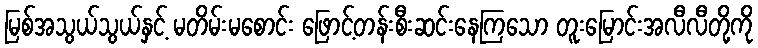
မြစ်အသွယ်သွယ်နှင့် မတိမ်းမစောင်း ဖြောင့်တန်းစီးဆင်းနေကြသော တူးမြောင်းအလီလီတို့ကို